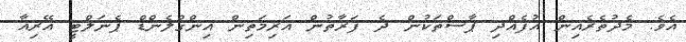
އެވެ. މެދުތެރެއިން އުފެއްދި ޕާސްތަކުން ދެ ފަރާތުން އަރިމަތިން އިންގްލެންޑް ޕެނަލްޓީ އޭރިއާ